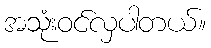
အသုံးဝင်လှပါတယ်။